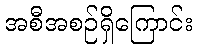
အစီအစဉ်ရှိကြောင်း